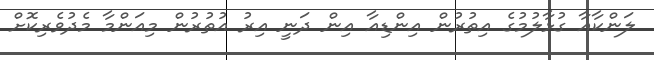
ލަންކާއާ ގުޅާލުމުގެ އިތުުރުން އިންޑިއާ އިން ދަނީ އިރު އުތުރުން މިއަންމާ މެދުވެރިކޮށް